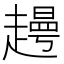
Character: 𧽰